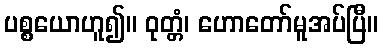
ပစ္စယောဟူ၍။ ဝုတ္တံ၊ ဟောတော်မူအပ်ပြီ။